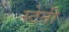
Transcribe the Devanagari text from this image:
स्टेनी